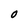
Character: O